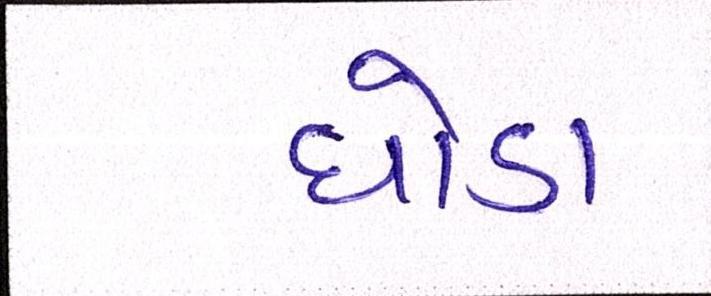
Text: ઘોડા